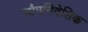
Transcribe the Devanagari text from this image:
औपनिवेशिक